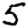
Digit: 5